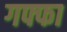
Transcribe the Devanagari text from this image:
गफ्फा